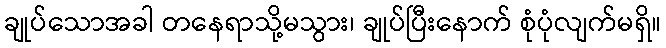
ချုပ်သောအခါ တနေရာသို့မသွား၊ ချုပ်ပြီးနောက် စုံပုံလျက်မရှိ။